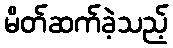
မိတ်ဆက်ခဲ့သည့်